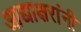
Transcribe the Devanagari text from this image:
आद्याक्षरांनी